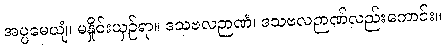
အပ္ပမေယျံ၊ မနှိုင်းယှဉ်ရာ။ ဒသဗလဉာဏံ၊ ဒသဗလဉာဏ်လည်းကောင်း။